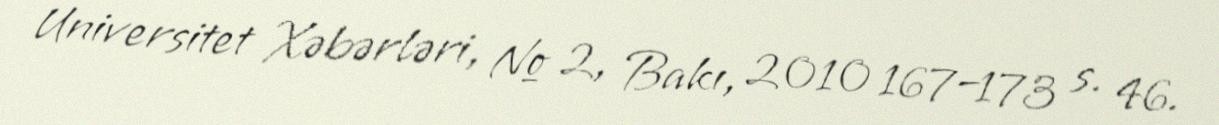
Universitet Xəbərləri, № 2, Bakı, 2010 167–173 s. 46.